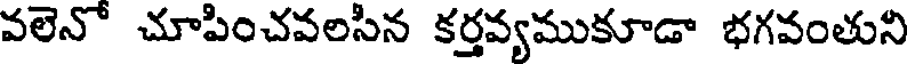
వలెనో చూపించవలసిన కర్తవ్యముకూడా భగవంతుని